Sanitation, dispensaries and jails vaccination Rajputana 1922-1927 - 1922-1927
Year: 1922
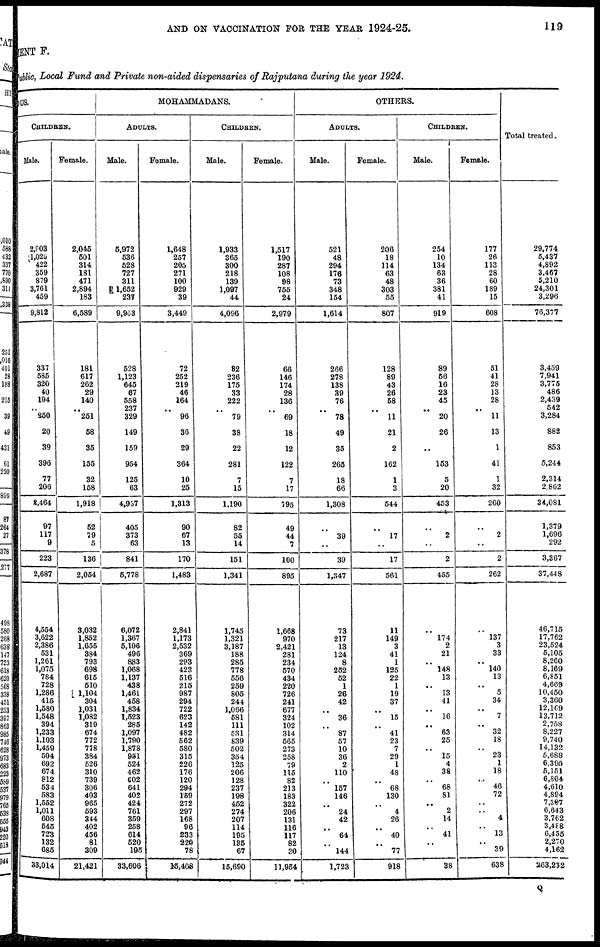
AND ON VACCINATION FOR THE YEAR 1924-25.
119
MENT F.
Pubic, Local Fund and Private non-aided dispensaries of Rajputana during the year 1924.
DUS.
CHILDREN.
Male.
2,803
1,025
422
359
879
3,761
459
9,812
337
585
320
40
194
..
250
20
39
396
77
206
8,464
97
117
9
223
2,687
4,554
3,622
2,386
531
1,261
1,075
784
728
1,286
415
1,580
1,548
394
1,233
1,103
1,459
504
692
674
812
534
583
1,552
1,011
608
545
723
132
685
33,014
Female.
2,045
501
314
181
471
2,894
183
6,589
181
617
262
29
140
..
251
58
35
155
32
158
1,918
52
79
5
136
2,054
3,032
1,852
1,655
384
793
698
615
510
1,104
304
1,031
1,082
319
674
772
778
384
526
310
739
306
403
965
593
344
402
456
81
309
21,421
MOHAMMADANS.
ADULTS.
Male.
5,972
536
528
727
311
1,652
237
9,963
528
1,123
645
67
558
237
329
149
159
954
125
63
4,937
405
373
63
841
5,778
6,072
1,367
5,106
496
883
1,068
1,137
438
1,461
458
1,834
1,523
285
1,097
1,790
1,878
951
524
462
602
641
402
424
761
359
258
614
520
195
33,606
Female.
1,648
257
205
271
100
929
39
3,449
72
252
219
46
164
..
96
36
29
364
10
25
1,313
90
67
13
170
1,483
2,841
1,173
2,532
369
293
423
516
215
987
294
722
623
142
482
562
580
315
226
176
120
294
159
272
297
168
96
233
220
78
15,408
CHILDREN.
Male.
1,933
365
300
218
139
1,097
44
4,096
82
236
175
33
222
..
79
38
22
281
7
15
1,190
82
55
14
151
1,341
1,745
1,321
3,187
188
285
778
556
259
805
244
1,066
581
111
581
839
502
354
125
206
128
237
198
452
274
207
114
195
136
67
15,690
Female.
1,517
190
287
108
98
755
24
2,979
66
146
174
28
136
..
69
18
12
122
7
17
795
49
44
7
100
895
1,668
970
2,421
281
234
570
434
220
726
241
677
324
102
314
565
273
258
79
115
82
213
183
322
206
131
116
117
82
30
11,954
OTHERS.
ADULTS.
Male.
621
48
294
176
73
348
154
1,614
266
278
138
39
76
..
78
49
35
266
18
66
1,308
..
39
..
39
1,347
73
217
13
124
8
252
52
1
26
42
..
36
..
87
57
10
36
2
110
..
157
146
..
24
42
..
64
..
144
1,723
Female.
206
18
114
63
48
303
55
807
128
89
43
26
58
..
11
21
2
162
1
3
544
..
17
..
17
561
11
149
3
41
1
125
22
1
19
37
..
15
..
41
23
7
29
1
48
..
68
130
..
4
26
..
40
..
77
918
CHILDREN.
Male.
254
10
134
63
36
381
41
919
89
56
16
23
45
..
20
26
..
153
5
20
453
..
2
..
2
455
..
174
2
21
..
148
13
..
13
41
..
16
..
63
25
..
15
4
38
..
68
81
..
2
14
..
41
..
..
38
Female.
177
26
113
28
60
189
15
608
51
41
28
13
28
..
11
13
1
41
1
32
260
..
2
..
2
262
..
137
3
33
..
140
13
..
5
34
.. 7
..
32
18
..
23
1
18
...
46
72
..
..
4
. .
13
..
39
638
Total treated.
29,774
5,437
4,892
3,467
5,210
24,301
3,296
76,377
3,459
7,941
3,775
486
2,439
542
3,284
882
853
5,244
2,314
2,862
34,081
1,379
1,696
292
3,367
37,448
46,715
17,762
23,524
5,105
8,260
8,169
6,851
4,669
10,450
3,360
12,169
13,712
2,758
8,227
9,740
14,132
5,688
6,395
5,151
6,804
4,610
4,894
7,307
6,643
3,762
3,488
6,455
2,270
4,162
263,232
Q